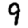
Digit: 9